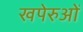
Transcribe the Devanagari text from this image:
खपेरुओं